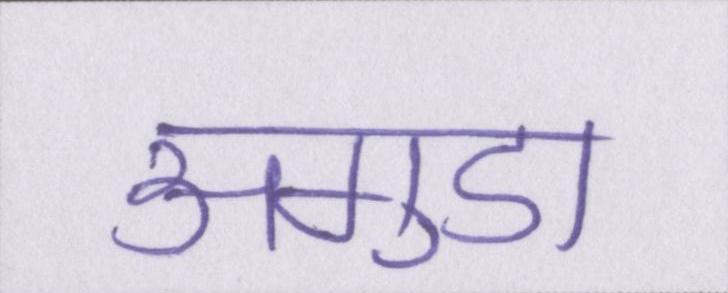
अगुडा